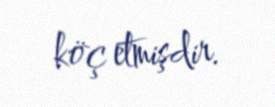
köç etmişdir.